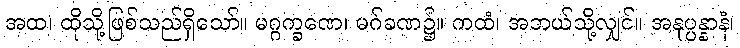
အထ၊ ထိုသို့ဖြစ်သည်ရှိသော်။ မဂ္ဂက္ခဏေ၊ မဂ်ခဏ၌။ ကထံ၊ အဘယ်သို့လျှင်။ အနုပ္ပန္နာနံ၊